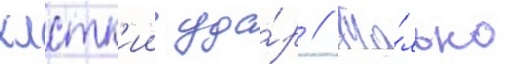
хлстк'ии уда́р // То́лько